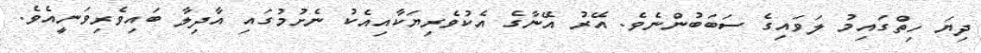
ދިޔަ ހިތްގައިމު ލަވައިގެ ސަބަބުންނެވެ. އޭރު އޭނާގެ އެކުވެރިޔަކާއިއެކު ނެށުމުގައި އާދިލާ ބައިވެރިވަނީއެވެ.